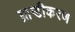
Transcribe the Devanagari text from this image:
ब्रान्डीकरण